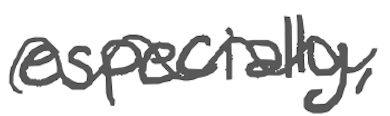
Text: especially,
Cross-out: wave
Writing tool: digital_gray